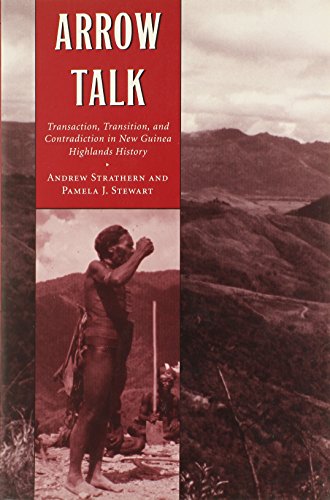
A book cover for Arrow Talk: Transaction, Transition, and Contradiction in New Guinea Highlands History; Andrew Strathern; History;